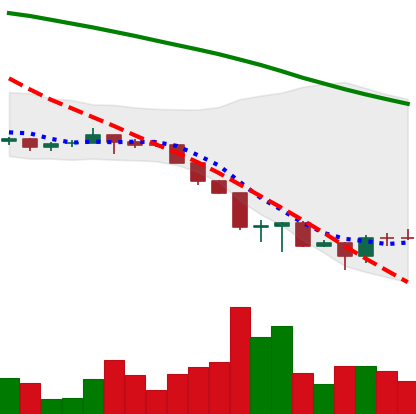
Ticker: ETH-USD
Chart end date: 2022-06-21
Forward return: 6.668%
Label: up_5_7